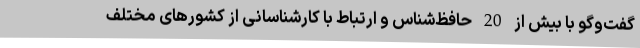
گفت‌وگو با بیش از 20 حافظ‌شناس و ارتباط با کارشناسانی از کشورهای مختلف